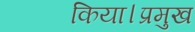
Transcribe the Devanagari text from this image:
किया।प्रमुख